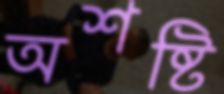
অশষ্টি